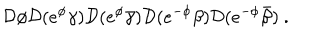
{ \cal D } \phi { \cal D } ( e ^ { \phi } \gamma ) { \cal D } ( e ^ { \phi } \bar { \gamma } ) { \cal D } ( e ^ { - \phi } \beta ) { \cal D } ( e ^ { - \phi } \bar { \beta } ) ~ .